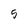
Character: 5